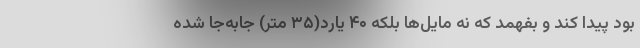
بود پیدا کند و بفهمد که نه مایل‌ها بلکه ۴۰ یارد(۳۵ متر) جابه‌جا شده